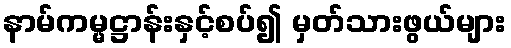
နာမ်ကမ္မဋ္ဌာန်းနှင့်စပ်၍ မှတ်သားဖွယ်များ